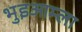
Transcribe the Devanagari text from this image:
भुइआम्ला